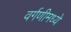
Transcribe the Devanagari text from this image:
वर्गणीमध्ये